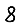
Digit: 8